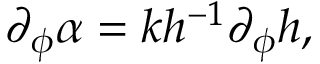
\partial _ { \phi } \alpha = k h ^ { - 1 } \partial _ { \phi } h ,